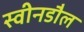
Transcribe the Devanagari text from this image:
स्वीनडौल